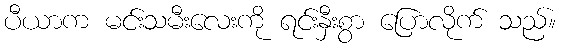
ပီယာက မင်းသမီးလေးကို ရင်းနှီးစွာ ပြောလိုက် သည်။